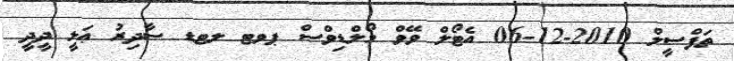
ތަފްސީލް 2010-12-06 އެޓޯލް ވޭވް މޯލްޑިވްސް ޕވޓ ލޓޑ ޞާދިރު ޢަލީ ދީދީ